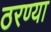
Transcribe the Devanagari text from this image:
ठरण्या